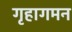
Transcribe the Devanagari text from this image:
गृहागमन